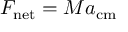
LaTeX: F _ { \mathrm { n e t } } = M a _ { \mathrm { c m } } \;